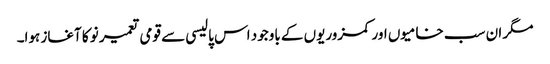
مگر ان سب خامیوں اور کمزوریوں کے باوجود اس پالیسی سے قومی تعمیر نو کا آغاز ہوا۔